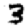
Digit: 3